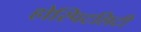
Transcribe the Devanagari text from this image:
होस्पिटलिटी